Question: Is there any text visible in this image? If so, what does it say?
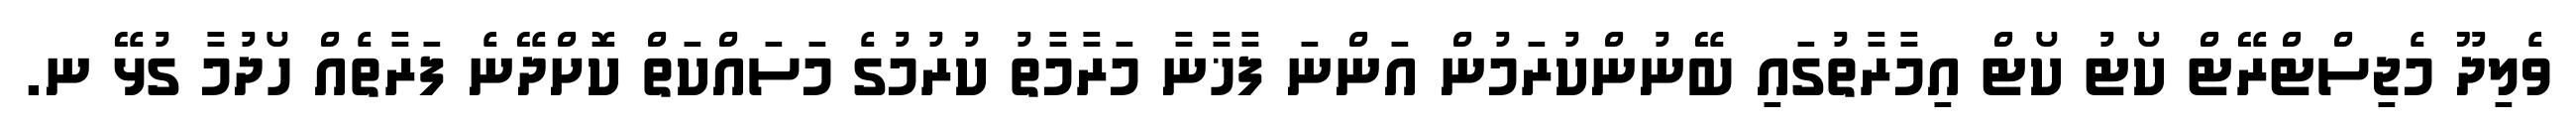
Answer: ވެލިދޫ މެޖިސްޓްރޭޓް ކޯޓު ކޯޓް އިމާރާތުގައި ބޭނުންކުރަމުން އަންނަ ފާޚާނާ މަރާމާތު ކުރުމުގެ މަސައްކަތް ކޮށްދޭނެ ފަރާތެއް ހޯދުމާ ގުޅޭ ނ.